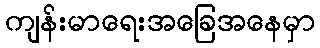
ကျန်းမာရေးအခြေအနေမှာ